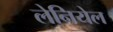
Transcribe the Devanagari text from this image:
लेनियेल